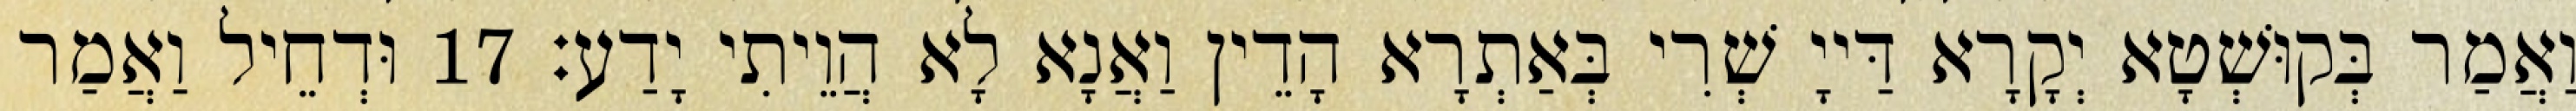
וַאֲמַר בְּקוּשְׁטָא יְקָרָא דַּייָ שְׁרִי בְּאַתְרָא הָדֵין וַאֲנָא לָא הֲוֵיתִי יָדַע׃ 17 וּדְחֵיל וַאֲמַר